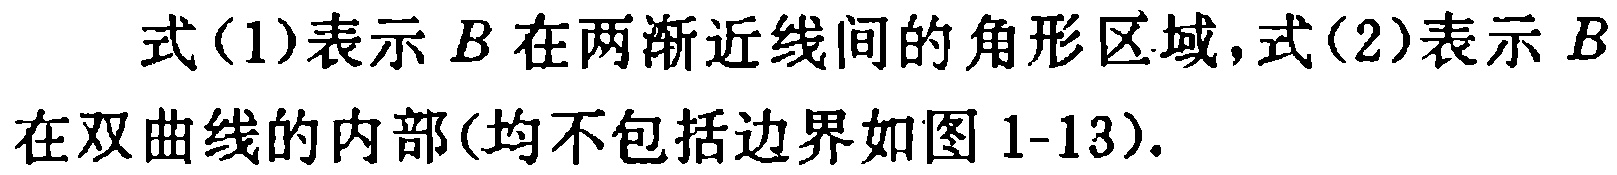
式(1)表示 \(B\) 在两渐近线间的角形区域,式(2)表示 \(B\) 在双曲线的内部(均不包括边界如图1-13).